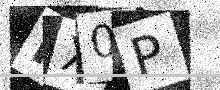
Text: HX0P